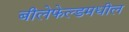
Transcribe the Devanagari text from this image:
बीलेफेल्डमधील